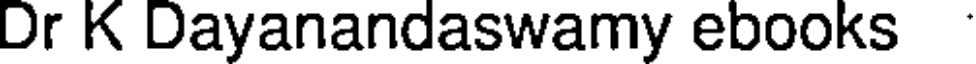
Dr K Dayanandaswamy ebooks